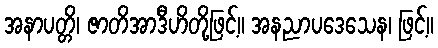
အနာပတ္တိ၊ ဇာတိအာဒီဟိတို့ဖြင့်။ အနညာပဒေသေန၊ ဖြင့်။